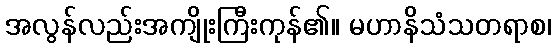
အလွန်လည်းအကျိုးကြီးကုန်၏။ မဟာနိသံသတရာစ၊